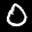
Label: 0